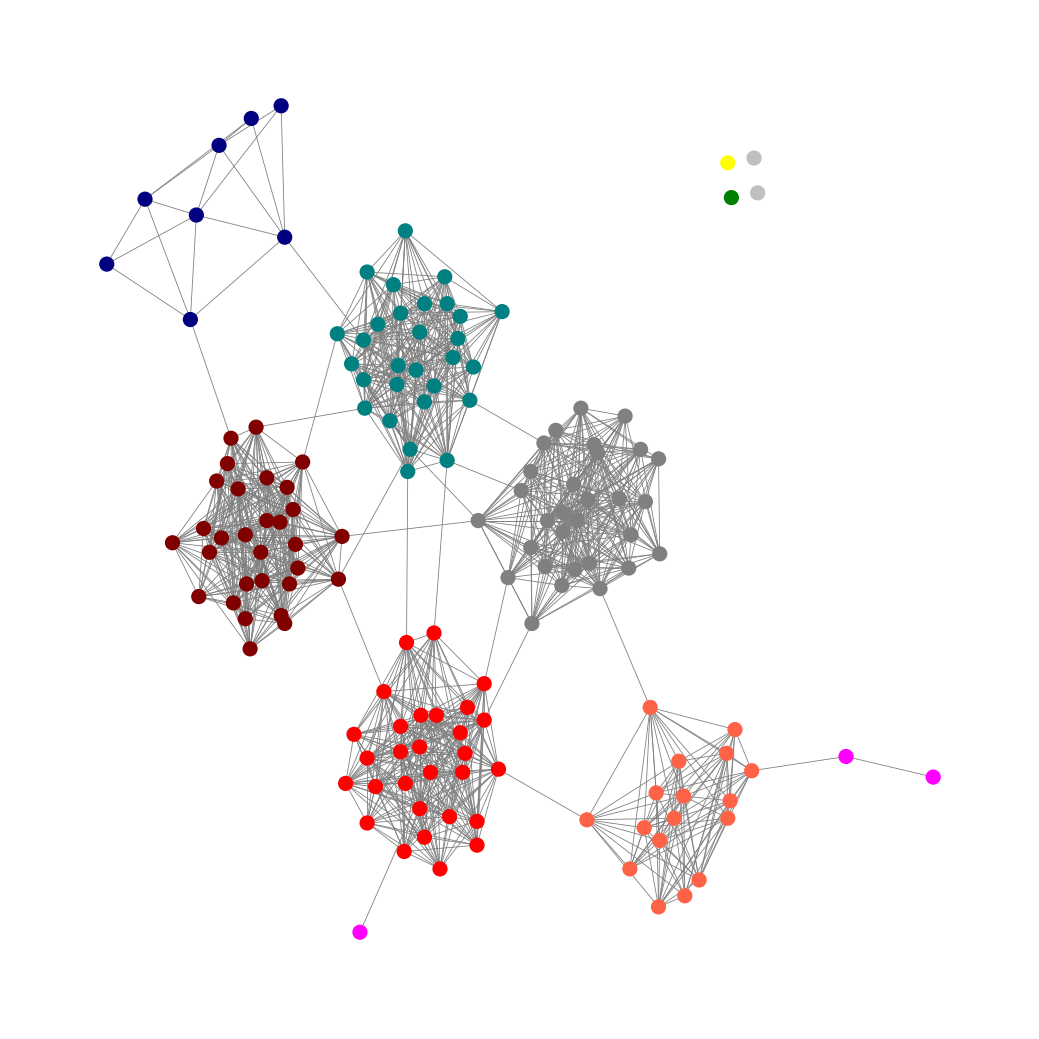
Graph connected: No
Number of connected components: 5
Number of singletons: 4
Total number of nodes: 150
Total number of edges: 1281
Number of communities: 10
Community sizes:
Fuchsia: 3
Gray: 30
Green: 1
Maroon: 30
Navy: 8
Red: 29
Silver: 2
Teal: 29
Tomato: 17
Yellow: 1
Graph layout: tda
Graph generation method: erdos_renyi